Scottish Leaving Certificate Examination, 1961
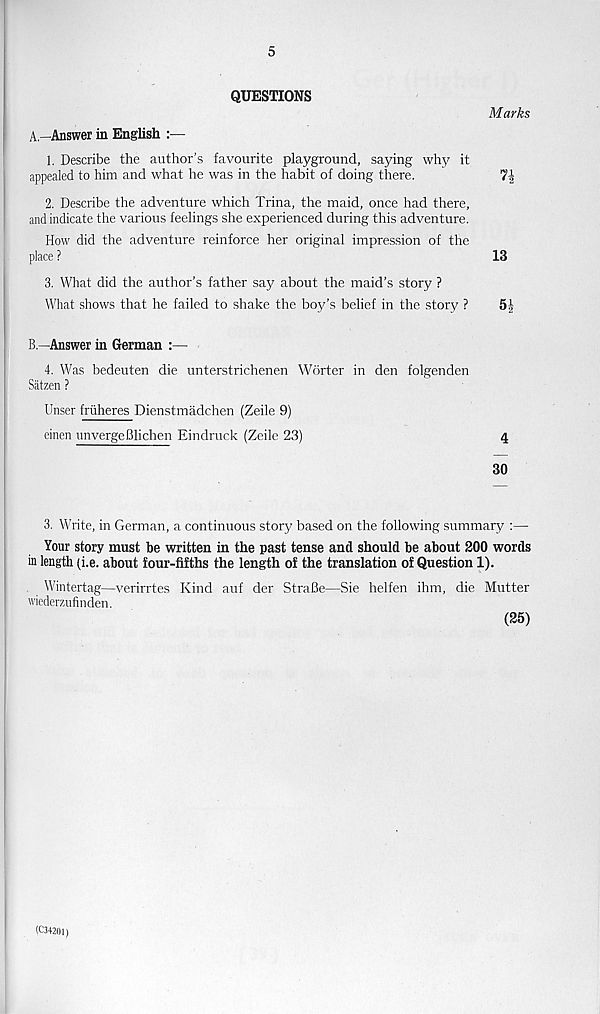
5
QUESTIONS
A.—Answer in English
Marks
1. Describe the author’s favourite playground, saying why it
appealed to him and what he was in the habit of doing there.
2. Describe the adventure which Trina, the maid, once had there,
and indicate the various feelings she experienced during this adventure.
How did the adventure reinforce her original impression of the
place ?
13
3. What did the author’s father say about the maid’s story ?
What shows that he failed to shake the boy’s belief in the story ?
5^
B.—Answer in German :—
4. Was bedeuten die unterstrichenen Wdrter in den folgenden
Satzen ?
Unser fruheres Dienstmadchen (Zeile 9)
einen unvergeBlichen Eindruck (Zeile 23)
4
30
3. Write, in German, a continuous story based on the following summary :—
Your story must be written in the past tense and should be about 200 words
in length (i.e. about four-fifths the length of the translation of Question 1).
Wintertag—verirrtes Kind auf der StraBe—Sie helfen ihm, die Mutter
wiederzufinden.
(25)
(C34201)